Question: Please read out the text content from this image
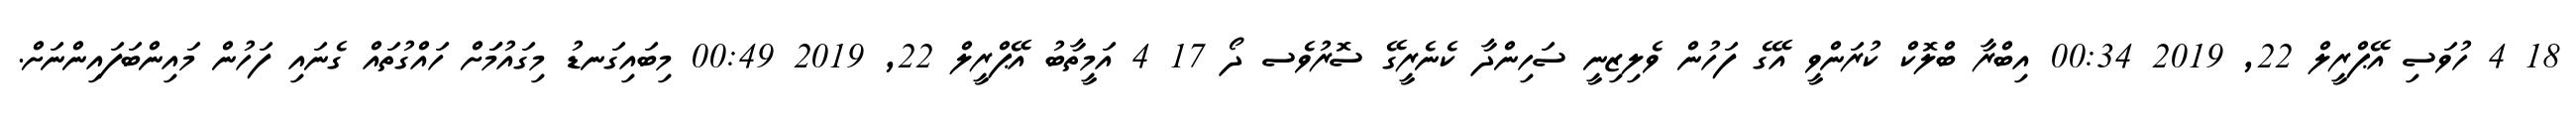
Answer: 18 4 ހުވަސި އޭޕްރީލް 22, 2019 00:34 އިބްރާ ބްލޮކް ކުރަންވީ އޭގެ ފަހުން ވެލިޒިނީ ސަހިންދާ ކެނެރީގޭ ސޮރުވެސ ދޯ 17 4 އަމީތާބު އޭޕްރީލް 22, 2019 00:49 މިބައިގަނޑު މިގައުމަަށް ހައްގުތައް ގެނައި ފަހުން މައިންބަފައިންނަށް.